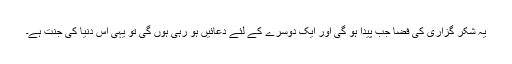
یہ شکر گزاری کی فضا جب پیدا ہو گی اور ایک دوسرے کے لئے دعائیں ہو رہی ہوں گی تو یہی اس دنیا کی جنت ہے۔